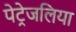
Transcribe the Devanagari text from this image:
पेट्रेजलिया